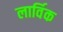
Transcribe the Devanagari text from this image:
लार्विक